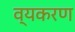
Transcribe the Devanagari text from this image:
व्यकरण